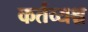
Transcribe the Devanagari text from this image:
कर्तव्यश्च